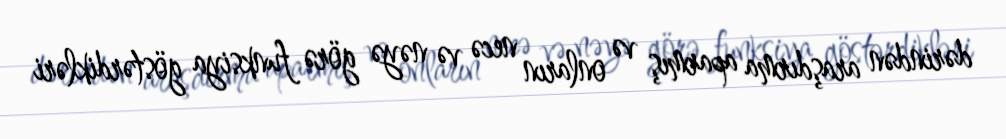
dərindən araşdırma aparmış və onların necə və nəyə görə funksiya göstərdikləri